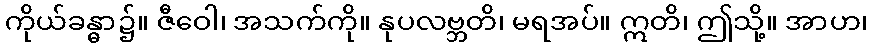
ကိုယ်ခန္ဓာ၌။ ဇီဝေါ၊ အသက်ကို။ နုပလဗ္ဘတိ၊ မရအပ်။ ဣတိ၊ ဤသို့။ အာဟ၊